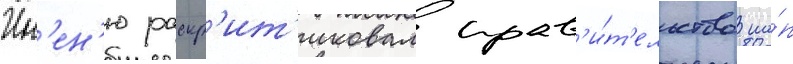
Ин'ен'ю раскр'ит'иковал прав'и́т'ельство на́п